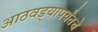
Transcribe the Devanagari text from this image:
आठवड्यापर्यंतचे